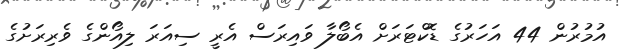
އުމުރުން 44 އަހަރުގެ ޑޮކްޓަރަށް އެބޯލާ ވައިރަސް އެރީ ސިއަރަ ލިއޯންގެ ވެރިރަށުގެ